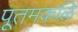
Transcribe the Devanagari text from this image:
पूतमकळि